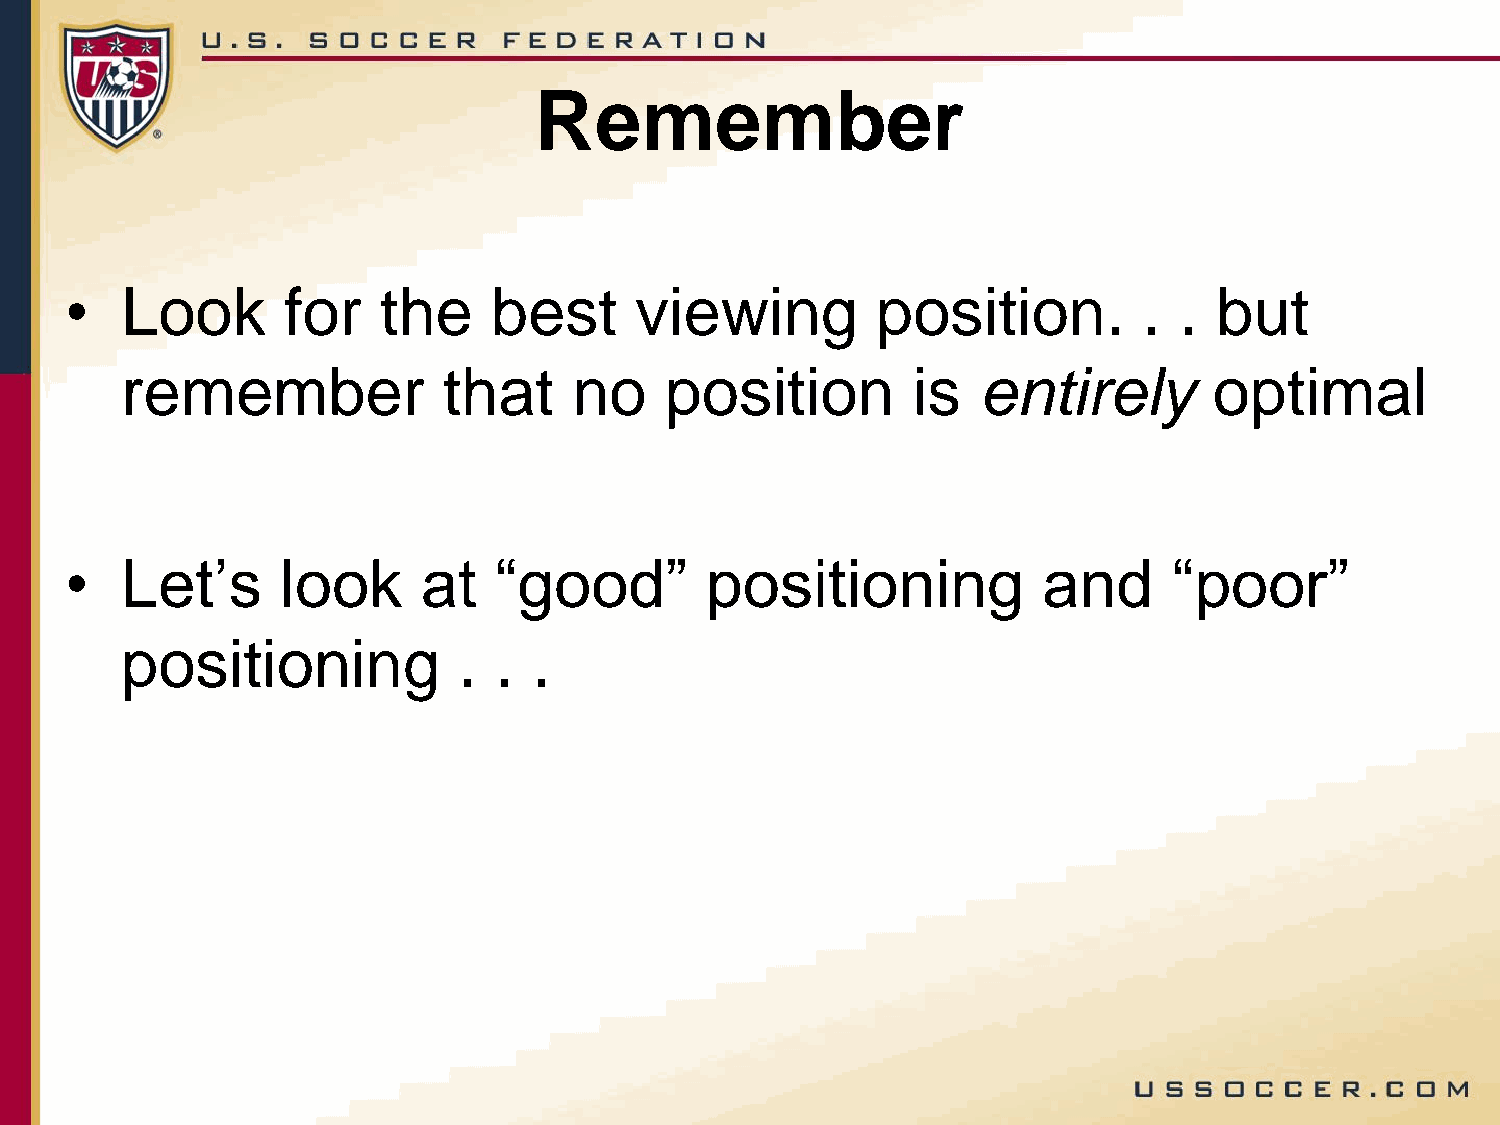
Remember
 •   Look       for   the     best     viewing         position.         . .  but
 remember             that     no    position        is   entirely       optimal
 •   Let’s      look     at   “good”        positioning           and      “poor”
 positioning           .  . .